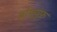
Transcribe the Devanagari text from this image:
बोएयुफ़